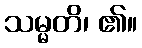
သမ္မတိ၊ ၏။